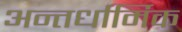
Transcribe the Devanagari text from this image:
अन्तर्धार्मिक